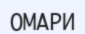
ОМАРИ